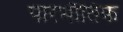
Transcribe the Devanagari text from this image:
पारभौतिक